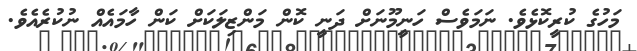
މަހުގެ ކުރީކޮޅެވެ. ނަމަވެސް ހަނީމޫނަށް ދަނީ ކޮން މަންޒިލަކަށް ކަން ހާމައެއް ނުކުރެއެވެ.